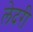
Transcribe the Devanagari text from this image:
लेदरी